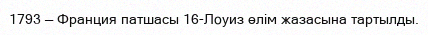
1793 — Франция патшасы 16-Лоуиз өлім жазасына тартылды.